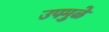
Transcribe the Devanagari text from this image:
उपमुळे